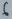
Text: 6